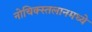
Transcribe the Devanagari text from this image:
नोचिक्स्तलानमध्ये